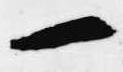
一